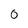
Character: 0